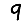
Digit: 9